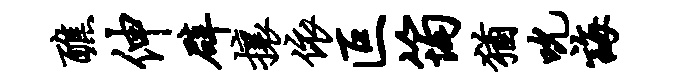
醮伸辟攘依叵筠犹吮诲